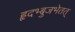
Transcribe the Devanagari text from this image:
हृदभ्बुजभेतत्